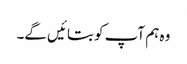
وہ ہم آپ کو بتائیں گے۔